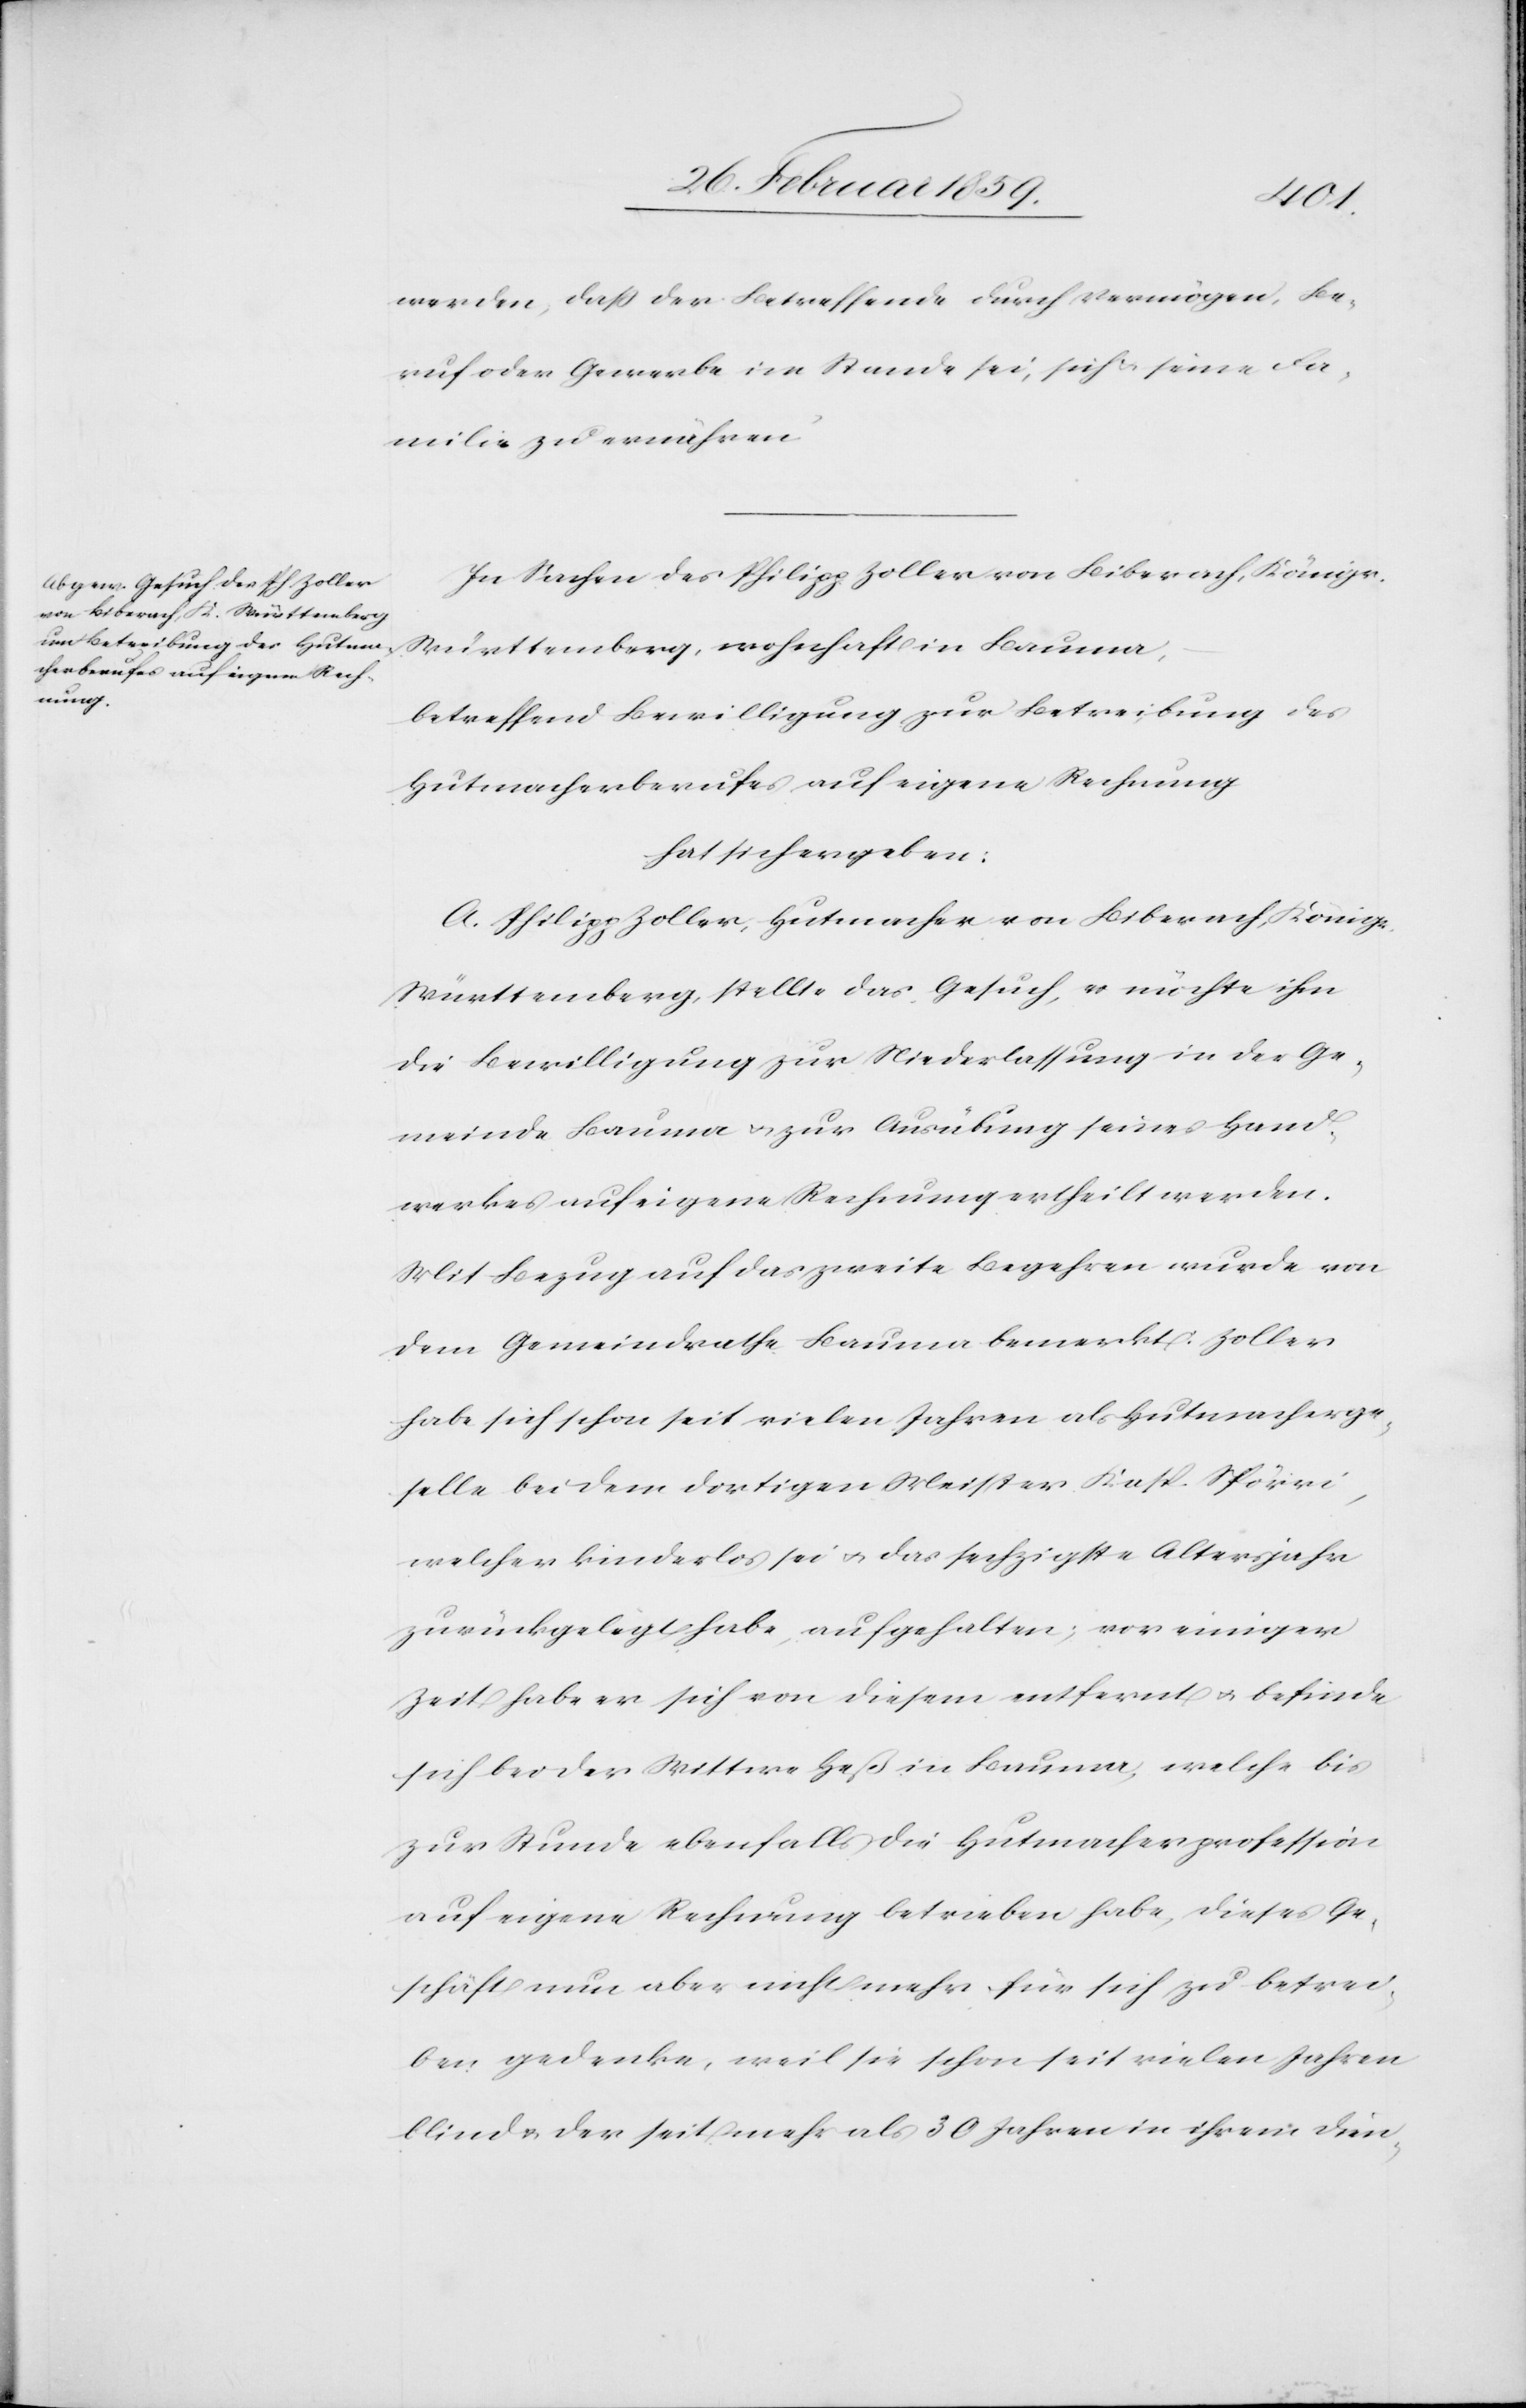
werden, daß der Betreffende durch Vermögen, Be¬
ruf oder Gewerbe im Stande sei, sich & seine Fa¬
milie zu ernähren.
In Sachen des Philipp Zoller von Biberach, Königr.
Württemberg, wohnhaft in Bauma,
betreffend Bewilligung zur Betreibung des
Hutmacherberufes auf eigene Rechnung
hat sich ergeben:
A. Philipp Zoller, Hutmacher von Biberach, Königr.
Württemberg, stellte das Gesuch, es möchte ihm
die Bewilligung zur Niederlassung in der Ge¬
meinde Bauma u. zur Ausübung seines Hand¬
werkes auf eigene Rechnung ertheilt werden.
Mit Bezug auf das zweite Begehren wurde von
dem Gemeindrathe Bauma bemerkt: Zoller
habe sich schon seit vielen Jahren als Hutmacherge¬
selle bei dem dortigen Meister Kasp. Spörri,
welcher kinderlos sei u. das sechzigste Altersjahre
zurückgelegt habe, aufgehalten; vor einiger
sich bei der Wittwe Heß in Bauma, welche bis
zur Stunde ebenfalls die Hutmacherprofession
auf eigene Rechnung betrieben habe, dieses Ge¬
schäft nun aber nicht mehr für sich zu betrei¬
ben gedenke, weil sie schon seit vielen Jahren
blind u. der seit mehr als 30 Jahren in ihrem Dien-